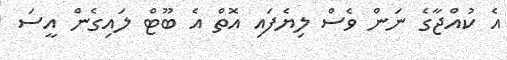
އެ ކުއްޖާގެ ނަން ވެސް ލިޔެފައި އޮތް އެ ބޫޓް ލައިގެން އީސަ